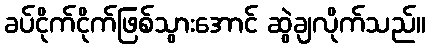
ခပ်ငိုက်ငိုက်ဖြစ်သွားအောင် ဆွဲချလိုက်သည်။